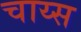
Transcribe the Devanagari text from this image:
चाय्स